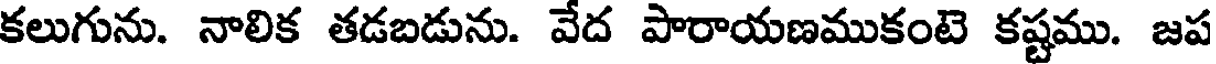
కలుగును. నాలిక తడబడును. వేద పారాయణముకంటె కష్టము. జప